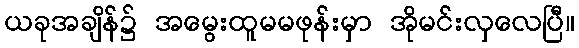
ယခုအချိန်၌ အမွေးထူမမဖုန်းမှာ အိုမင်းလှလေပြီ။